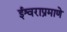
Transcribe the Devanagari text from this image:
ईश्वराप्रमाणे